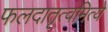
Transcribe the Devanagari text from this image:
फलदातृत्वमित्ये